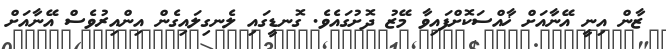
ޒާން އިނީ އޭނާއަށް ޚާއްސަކޮށްފައިވާ މޭޒު ދޮށުގައެވެ. ގޮނޑީގައި ލެނގިލައިގެން އިންއިރުވެސް އޭނާއަށް